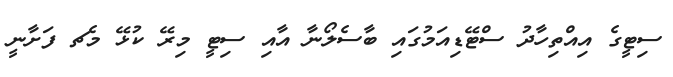
ސިޓީގެ އިއްތިހާދު ސްޓޭޑިއަމުގައި ބާސެލޯނާ އާއި ސިޓީ މިރޭ ކުޅޭ މެޗ ފަށާނީ